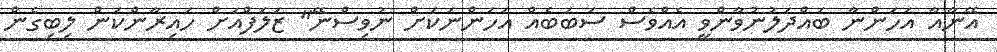
އޭނާއާ އަހަންނާ ބައްދަލުނުވާންވީ އެއްވެސް ސަބަބެއް އަހަންނަކަށް ނުވިސްނޭ" ޒަލަފްއަށް ހައިރާންކަން ލިބިގެން